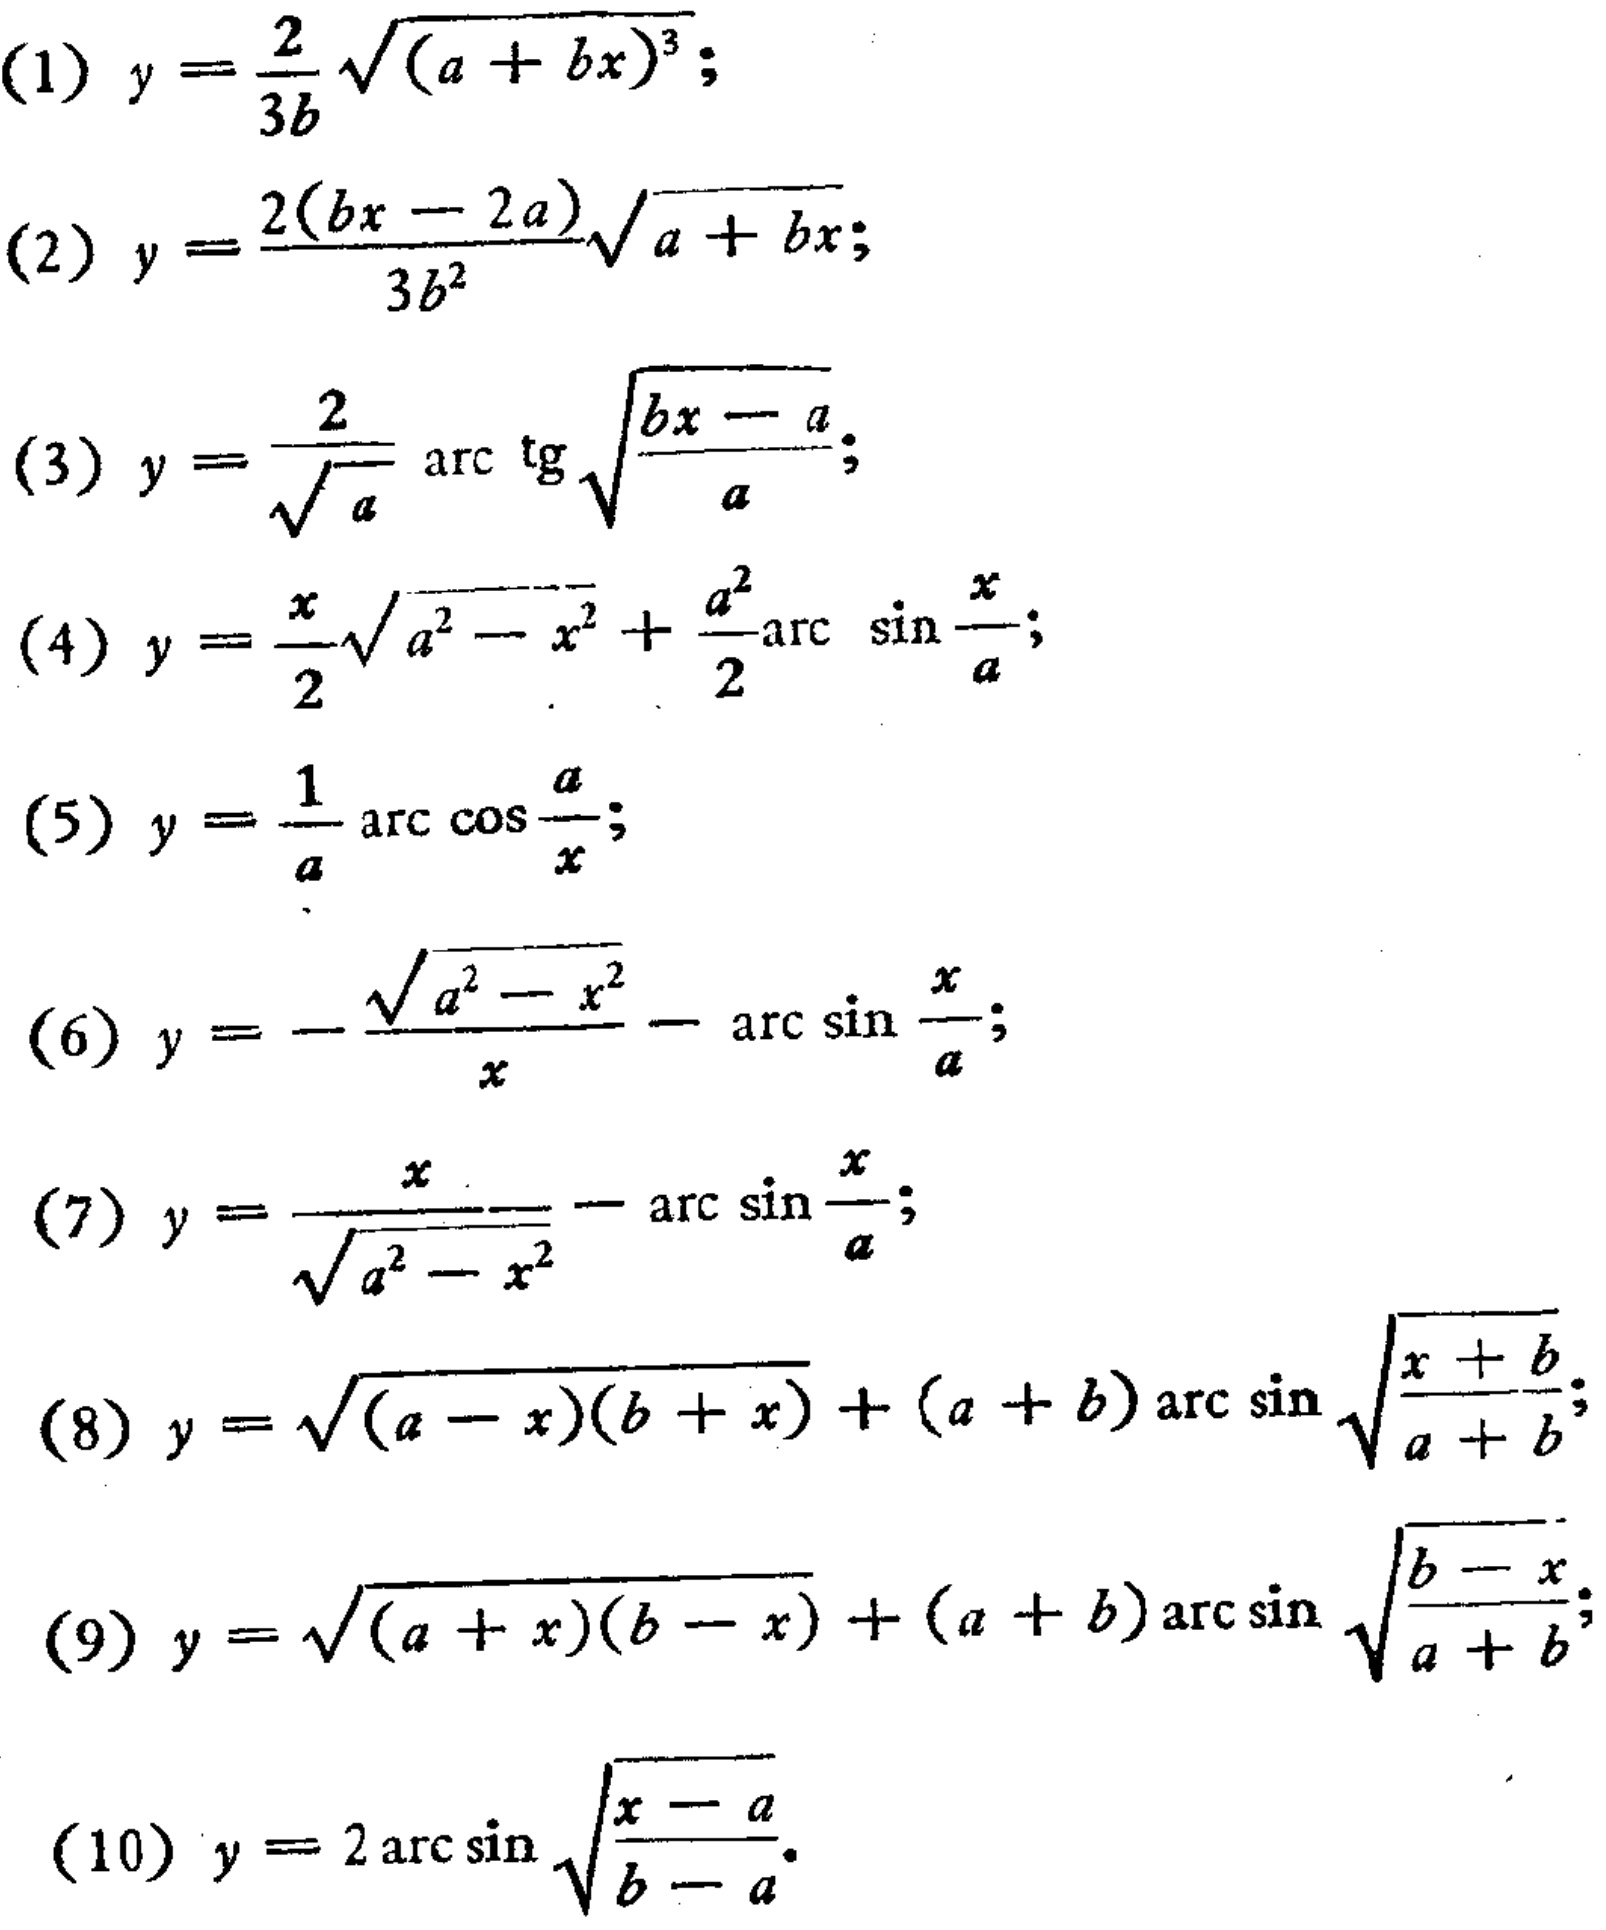
(1) \(y = \frac{2}{3b}\sqrt{(a + bx)^{3}}\);
(2) \(y=\frac{2(bx - 2a)}{3b^{2}}\sqrt{a + bx}\);
(3) \(y=\frac{2}{\sqrt{a}}\text{arc}\tg\sqrt{\frac{bx - a}{a}}\);
(4) \(y=\frac{x}{2}\sqrt{a^{2}-x^{2}}+\frac{a^{2}}{2}\text{arc}\sin\frac{x}{a}\);
(5) \(y = \frac{1}{a}\text{arc}\cos\frac{a}{x}\);
(6) \(y=-\frac{\sqrt{a^{2}-x^{2}}}{x}-\text{arc}\sin\frac{x}{a}\);
(7) \(y=\frac{x}{\sqrt{a^{2}-x^{2}}}-\text{arc}\sin\frac{x}{a}\);
(8) \(y=\sqrt{(a - x)(b + x)}+(a + b)\text{arc}\sin\sqrt{\frac{x + b}{a + b}}\);
(9) \(y=\sqrt{(a + x)(b - x)}+(a + b)\text{arc}\sin\sqrt{\frac{b - x}{a + b}}\);
(10) \(y = 2\text{arc}\sin\sqrt{\frac{x - a}{b - a}}\)